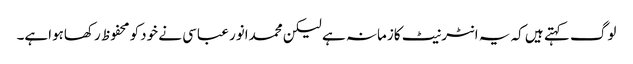
لوگ کہتے ہیں کہ یہ انٹرنیٹ کازمانہ ہے لیکن محمدانور عباسی نے خودکو محفوظ رکھاہواہے۔